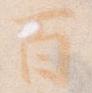
百